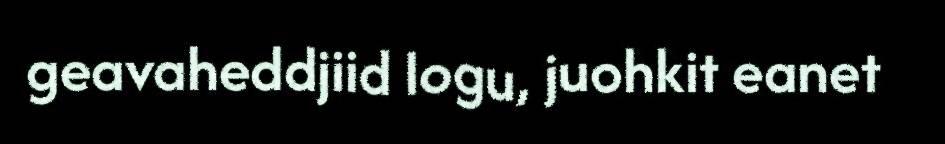
geavaheddjiid logu, juohkit eanet